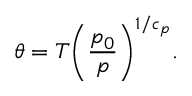
\theta = T \bigg ( { \frac { p _ { 0 } } { p } } \bigg ) ^ { 1 / c _ { p } } .